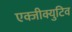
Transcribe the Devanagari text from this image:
एक्जीक्युटिव